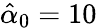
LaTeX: \hat{\alpha}_{0}=10